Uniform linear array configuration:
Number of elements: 32
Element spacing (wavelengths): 1
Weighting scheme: blackman
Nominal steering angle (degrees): -30
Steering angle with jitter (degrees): -28.838
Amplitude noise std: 0.05
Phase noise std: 0.05

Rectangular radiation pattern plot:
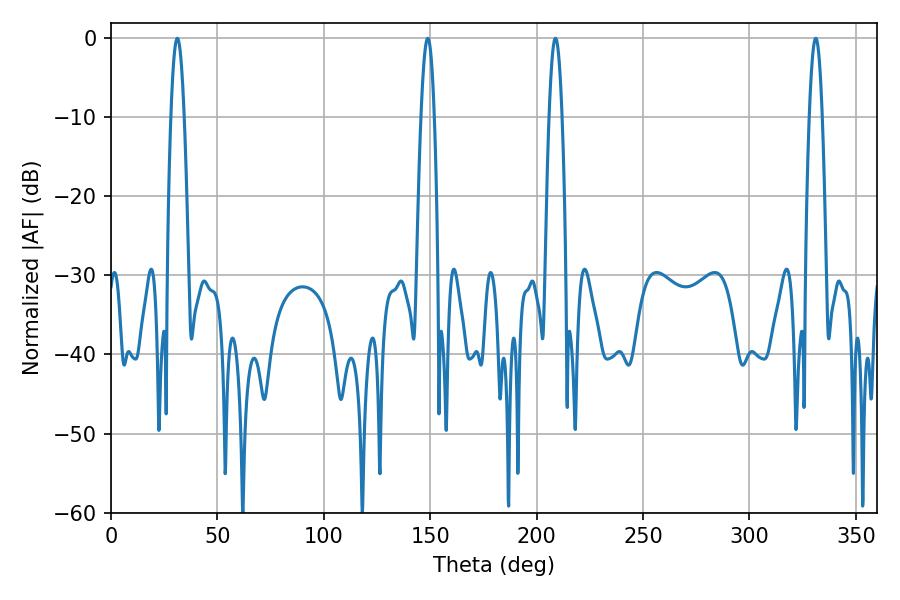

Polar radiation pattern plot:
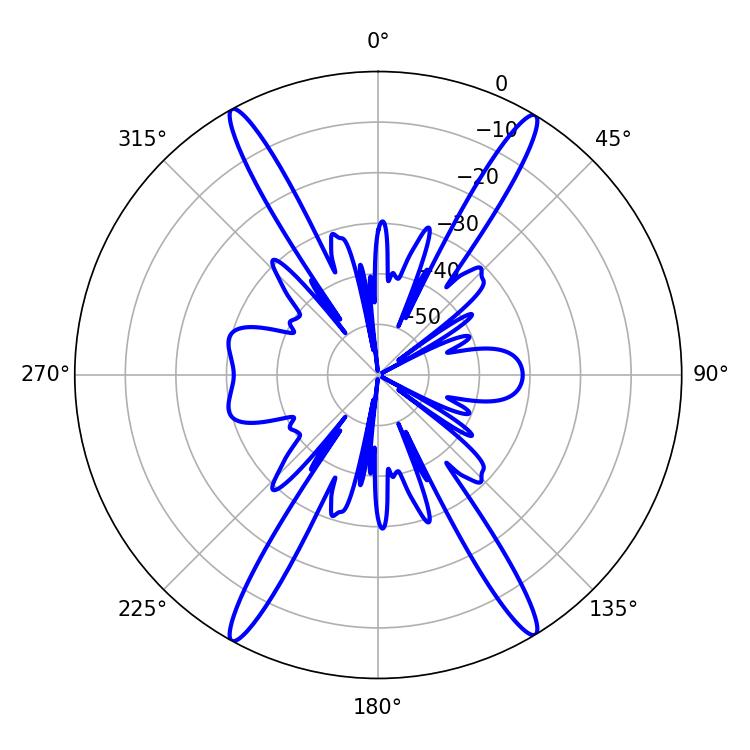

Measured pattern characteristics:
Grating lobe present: TRUE
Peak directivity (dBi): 25.426
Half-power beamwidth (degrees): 3.42
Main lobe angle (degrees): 31.14